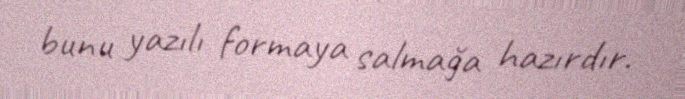
bunu yazılı formaya salmağa hazırdır.